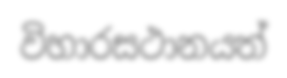
විහාරසථානයත්